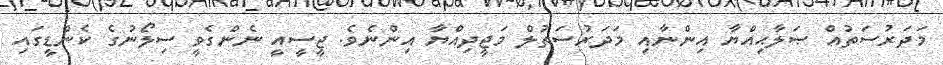
މަދަރުސަތުއް ޞަލާޙިއްޔާ އިންނާއި މަދަރުސަތުލް މަޖީދިއްޔާ އިންނެވެ. ޖީސީއީ ނެންގެވީ ސިލޯނުގެ ކެންޑީގައި